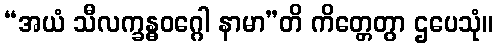
“အယံ သီလက္ခန္ဓဝဂ္ဂေါ နာမာ”တိ ကိတ္တေတွာ ဌပေသုံ။